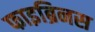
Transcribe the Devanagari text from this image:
फाइब्रिनस